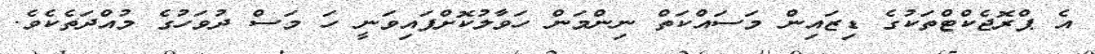
އެ ޕްރޮޖެކްޓްތަކުގެ ޑިޒައިން މަސައްކަތް ނިންމަން ހަވާލުކޮށްފައިވަނީ ހަ މަސް ދުވަހުގެ މުއްދަތެކެވެ.